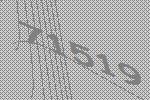
71519